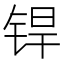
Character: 𬭍